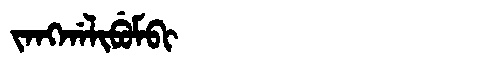
Manchu: ᠵᠠᠩᡤᠠᠯᡳᠪᡠᠮᠪᡳ
Romanization: JANGGALIBUMBI